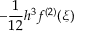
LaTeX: - { \frac { 1 } { 1 2 } } h ^ { 3 } f ^ { ( 2 ) } ( \xi )